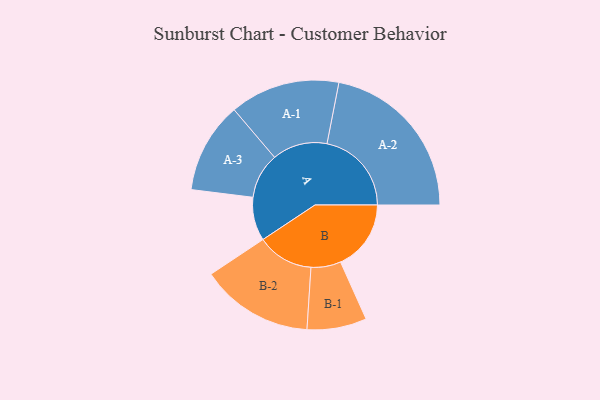
{"axis": {"x": "Segment", "y": "Value"}, "legend": ["", "A", "B"], "data": [{"x": "A", "y": 152, "type": ""}, {"x": "B", "y": 246, "type": ""}, {"x": "A-1", "y": 192, "type": "A"}, {"x": "A-2", "y": 295, "type": "A"}, {"x": "A-3", "y": 159, "type": "A"}, {"x": "B-1", "y": 104, "type": "B"}, {"x": "B-2", "y": 197, "type": "B"}]}